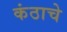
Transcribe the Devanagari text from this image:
कंठाचे